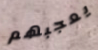
يعجبهم